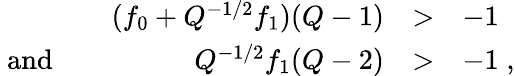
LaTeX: \begin{array}{lrll}{{}}&{{(f_{0}+Q^{-1/2}f_{1})(Q-1)}}&{{>}}&{{-1}}\\ {{\mathrm{~and~}\; \; \; }}&{{Q^{-1/2}f_{1}(Q-2)}}&{{>}}&{{-1\; ,}}\end{array}